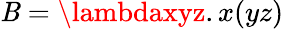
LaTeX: \mathit{B}=\lambdaxyz.x(yz)